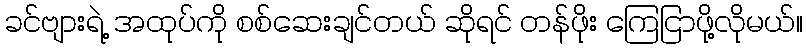
ခင်ဗျားရဲ့ အထုပ်ကို စစ်ဆေးချင်တယ် ဆိုရင် တန်ဖိုး ကြေငြာဖို့လိုမယ်။